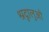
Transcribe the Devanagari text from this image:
श्रदृालुओ